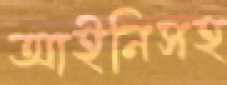
আইনিসহ